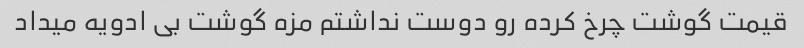
قیمت گوشت چرخ کرده رو دوست نداشتم مزه گوشت بی ادویه میداد